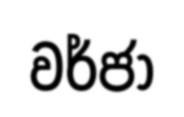
වර්ජා